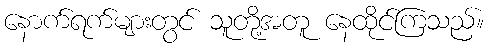
နောက်ရက်များတွင် သူတို့အတူ နေထိုင်ကြသည်။